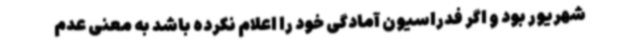
شهریور بود و اگر فدراسیون آمادگی خود را اعلام نکرده باشد به معنی عدم